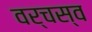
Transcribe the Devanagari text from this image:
वर्चस्‍व